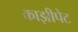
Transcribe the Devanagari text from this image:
काझीपेट